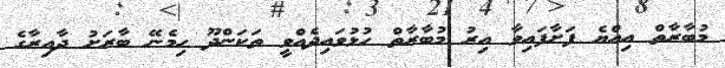
މުބާރާތް އިއްޔެ ފަށާފައިވާ އިރު މުބާރާތް ހުޅުވައިދެއްވީ ތަކަންދޫ ހިމެނޭ ބާރަށު ދާއިރާގެ